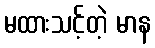
မထားသင့်တဲ့ မာန